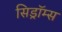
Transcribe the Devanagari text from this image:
सिड्रॉम्स